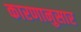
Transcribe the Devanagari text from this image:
कारणानुसार